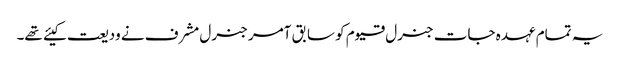
یہ تمام عہدہ جات جنرل قیوم کو سابق آمر جنرل مشرف نے ودیعت کیئے تھے۔